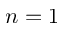
n = 1